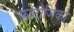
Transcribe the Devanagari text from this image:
फोटोजिको